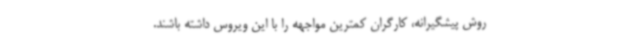
روش پیشگیرانه، کارگران کمترین مواجهه را با این ویروس داشته باشند.